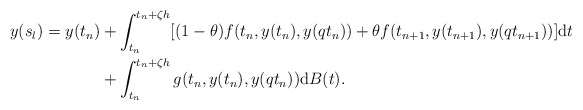
\begin{align*} y(s_l)=y(t_n)&+\int_{t_n}^{t_n+\zeta h}[(1-\theta)f(t_n,y(t_n),y(qt_n))+\theta f(t_{n+1},y(t_{n+1}),y(qt_{n+1}))]{\rm d}t \\&+\int_{t_n}^{t_n+\zeta h}g(t_n,y(t_n),y(qt_n)){\rm d}B(t).\end{align*}